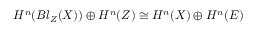
H ^ { n } ( B l _ { Z } ( X ) ) \oplus H ^ { n } ( Z ) \cong H ^ { n } ( X ) \oplus H ^ { n } ( E )